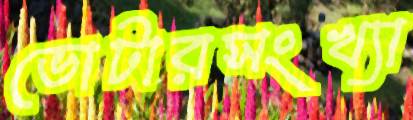
ভোটারসংখ্যা